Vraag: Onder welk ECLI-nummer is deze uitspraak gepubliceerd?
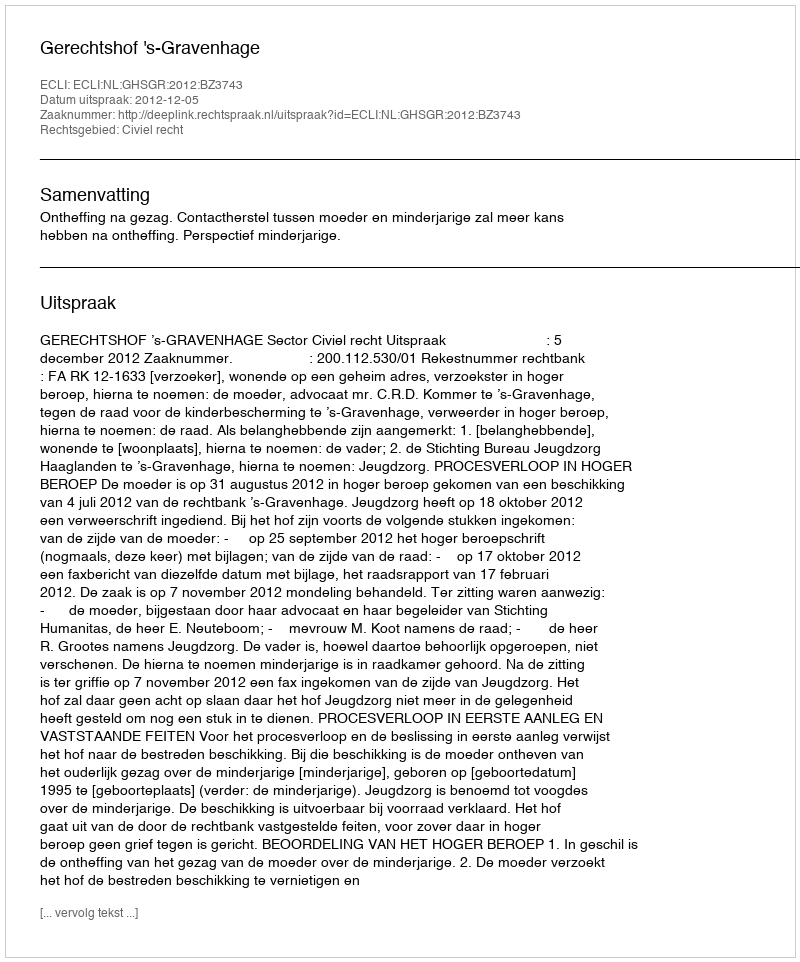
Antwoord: ECLI:NL:GHSGR:2012:BZ3743